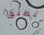
ينطبق